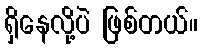
ရှိနေလို့ပဲ ဖြစ်တယ်။